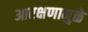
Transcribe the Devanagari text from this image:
आरक्षणामुळे